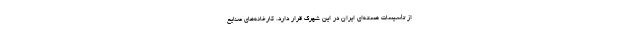
از تأسیسات هسته‌ای ایران در این شهرک قرار دارد. کارخانه‌های صنایع